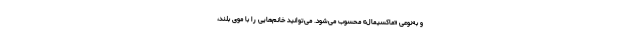
و به‌نوعی «ماکسیمال» محسوب می‌شود. می‌توانید خانم‌هایی را با موی بلند،